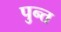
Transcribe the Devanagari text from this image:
पुन्त